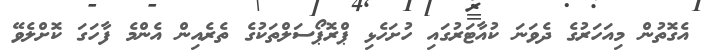
އެގޮތުން މިއަހަރުގެ ދެވަނަ ކުއާޓަރުގައި ހުށަހެޅި ޕްރޮޕޯސަލްތަކުގެ ތެރެއިން އެންމެ ފާހަގަ ކޮށްލެވޭ